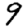
Digit: 9